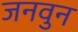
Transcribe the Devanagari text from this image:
जनवुन